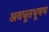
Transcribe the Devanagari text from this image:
अवधूतभूषण